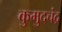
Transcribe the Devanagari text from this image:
कुमुदचंद्र